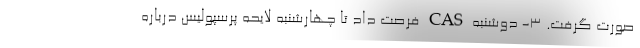
صورت گرفت. 3- دوشنبه CAS فرصت داد تا چهارشنبه لایحه پرسپولیس درباره